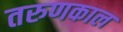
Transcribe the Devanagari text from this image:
तरुणकाल